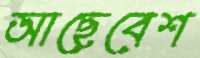
আছেবেশ